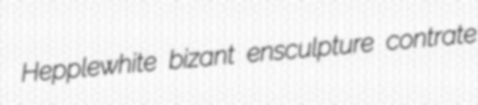
Hepplewhite bizant ensculpture contrate